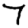
Digit: 7